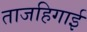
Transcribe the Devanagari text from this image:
ताजहिगाई